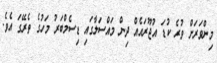
މިންވަރަށް ވުރެ ކުޑަ އުޖޫރައެއް ދިން މައްސަލާގައި ޑިސެމްބަރު މަހުގެ ތެރޭގަ އެވެ.